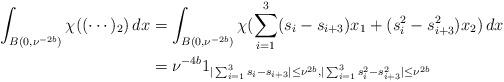
LaTeX: \begin{align*}\begin{aligned}\int_{B(0, \nu^{-2b})}\chi((\cdots)_{2})\, dx &= \int_{B(0, \nu^{-2b})}\chi(\sum_{i = 1}^{3}(s_{i} - s_{i + 3})x_1 + (s_{i}^{2} - s_{i + 3}^{2})x_2)\, dx\\&= \nu^{-4b}1_{|\sum_{i = 1}^{3}s_{i} - s_{i + 3}| \leq \nu^{2b}, |\sum_{i = 1}^{3}s_{i}^{2} - s_{i + 3}^{2}| \leq \nu^{2b}}\end{aligned}\end{align*}